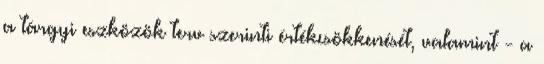
a tárgyi eszközök terv szerinti értékcsökkenését, valamint - a